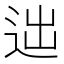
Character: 𨒞